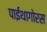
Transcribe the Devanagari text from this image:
पाईथागोरस